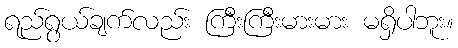
ရည်ရွယ်ချက်လည်း ကြီးကြီးမားမား မရှိပါဘူး။